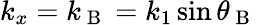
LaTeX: k_{x}=k_{\mathrm{~B~}}=k_{1}\sin\theta_{\mathrm{~B~}}